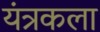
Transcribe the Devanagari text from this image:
यंत्रकला